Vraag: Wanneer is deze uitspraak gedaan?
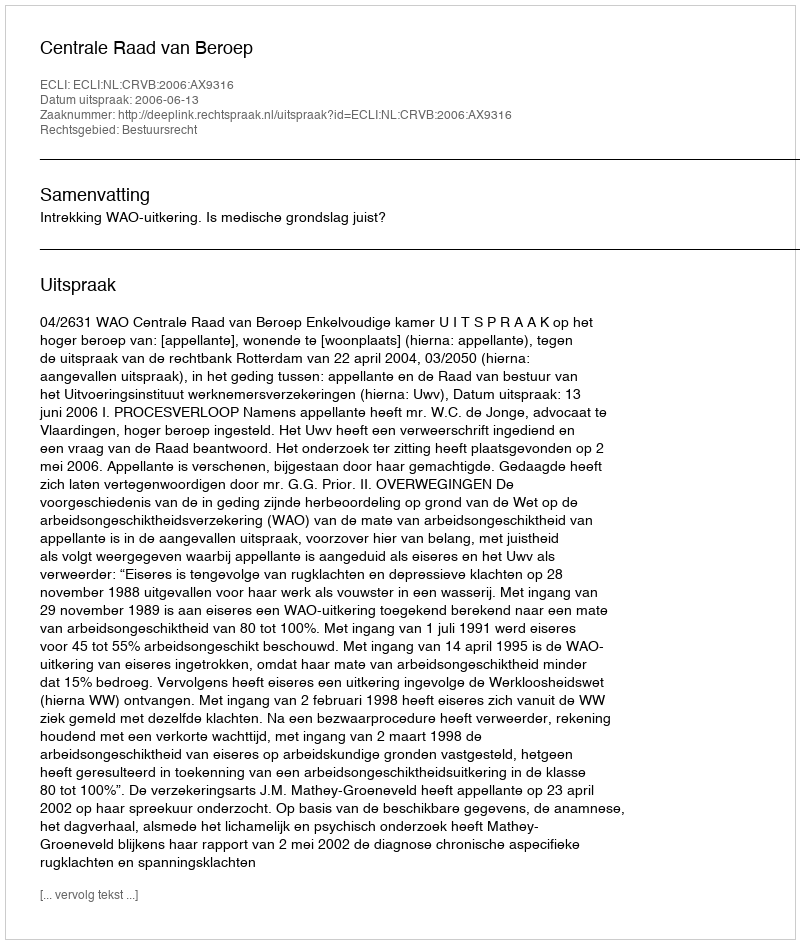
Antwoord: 2006-06-13